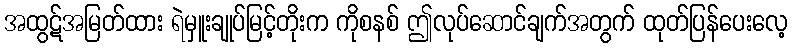
အထွဋ်အမြတ်ထား ရဲမှူးချုပ်မြင့်တိုးက ကိုစနစ် ဤလုပ်ဆောင်ချက်အတွက် ထုတ်ပြန်ပေးလေ့